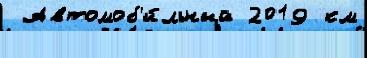
 Автомоб'и́льный 2019 км